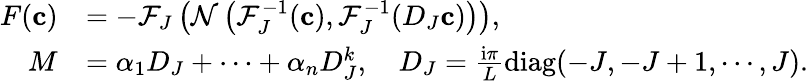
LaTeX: \begin{array}{rl}{F(\mathbf c)}&{=-\mathcal{F}_{J}\left(\mathcal{N}\left(\mathcal{F}_{J}^{-1}(\mathbf c),\mathcal{F}_{J}^{-1}(D_{J}\mathbf c)\right)\right),}\\ {M}&{=\alpha_{1}D_{J}+\cdots+\alpha_{n}D_{J}^{k},\quad D_{J}=\frac{\mathrm i\pi}{L}\textrm{diag}(-J,-J+1,\cdots,J).}\end{array}